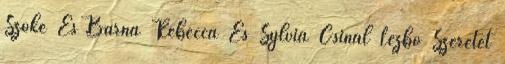
Szőke És Barna Rebecca És Sylvia Csinál Lezbo Szeretet